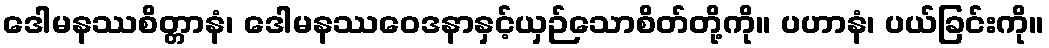
ဒေါမနဿစိတ္တာနံ၊ ဒေါမနဿဝေဒနာနှင့်ယှဉ်သောစိတ်တို့ကို။ ပဟာနံ၊ ပယ်ခြင်းကို။